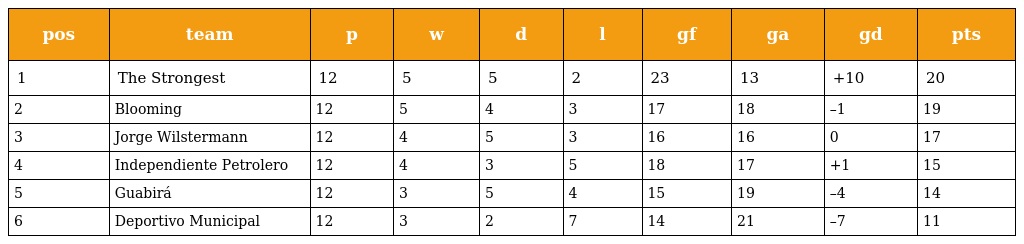
| pos | team | p | w | d | l | gf | ga | gd | pts |
 | --- | --- | --- | --- | --- | --- | --- | --- | --- | --- |
 | 1 | The Strongest | 12 | 5 | 5 | 2 | 23 | 13 | +10 | 20 |
 | 2 | Blooming | 12 | 5 | 4 | 3 | 17 | 18 | –1 | 19 |
 | 3 | Jorge Wilstermann | 12 | 4 | 5 | 3 | 16 | 16 | 0 | 17 |
 | 4 | Independiente Petrolero | 12 | 4 | 3 | 5 | 18 | 17 | +1 | 15 |
 | 5 | Guabirá | 12 | 3 | 5 | 4 | 15 | 19 | –4 | 14 |
 | 6 | Deportivo Municipal | 12 | 3 | 2 | 7 | 14 | 21 | –7 | 11 |